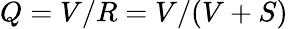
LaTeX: Q=V/R=V/(V+S)